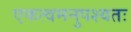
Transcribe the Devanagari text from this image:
एकत्वमनुपश्यतः